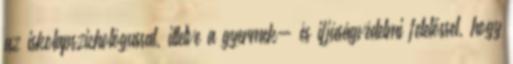
az iskolapszichológussal, illetve a gyermek- és ifjúságvédelmi felelőssel, hogy